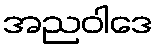
အညဝါဒေ